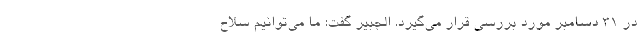
در ۳۱ دسامبر مورد بررسی قرار می‌گیرد. الجبیر گفت: ما می‌توانیم سلاح